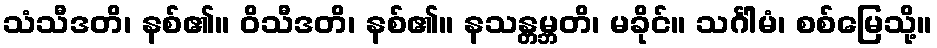
သံသီဒတိ၊ နစ်၏။ ဝိသီဒတိ၊ နစ်၏။ နသန္တမ္ဘတိ၊ မခိုင်။ သင်္ဂါမံ၊ စစ်မြေသို့။